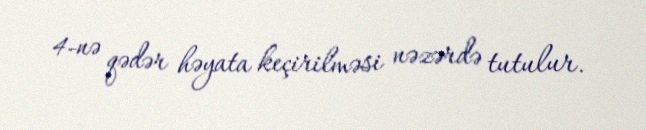
4-nə qədər həyata keçirilməsi nəzərdə tutulur.